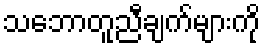
သဘောတူညီချက်များကို